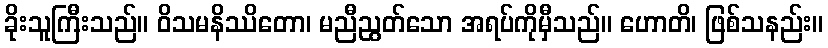
ခိုးသူကြီးသည်။ ဝိသမနိဿိတော၊ မညီညွတ်သော အရပ်ကိုမှီသည်။ ဟောတိ၊ ဖြစ်သနည်း။